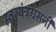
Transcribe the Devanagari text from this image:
स्वरयंत्रग्रसनी